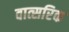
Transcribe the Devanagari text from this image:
वात्सरिक